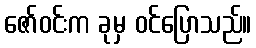
ဇော်ဝင်းက ခုမှ ဝင်ပြောသည်။